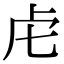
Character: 虍